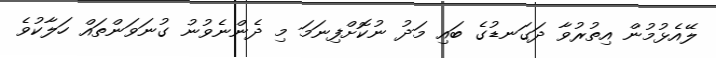
ލޭއެޅުމުން އިތުރުވާ ދަގަނޑުގެ ބައި މަދު ނުކޮށްފިނަމަ މި ދެންނެވުނު ގުނަވަންތައް ހަލާކުވެ